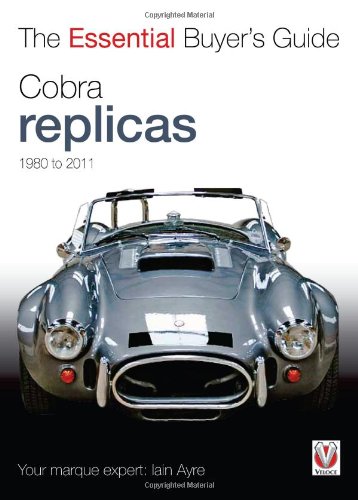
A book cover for Cobra Replicas 1980-2011 (The Essential Buyer's Guide); Iain Ayre; Engineering & Transportation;